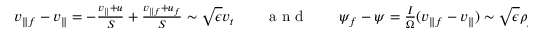
\begin{array} { r l r l r } { v _ { \parallel f } - v _ { \parallel } = - \frac { v _ { \parallel } + u } { S } + \frac { v _ { \parallel f } + u _ { f } } { S } \sim \sqrt { \epsilon } v _ { t } } & { { } } & { \mathrm { ~ a ~ n ~ d ~ } } & { { } } & { \psi _ { f } - \psi = \frac { I } { \Omega } ( v _ { \parallel f } - v _ { \parallel } ) \sim \sqrt { \epsilon } \rho _ { p } R B _ { p } , } \end{array}